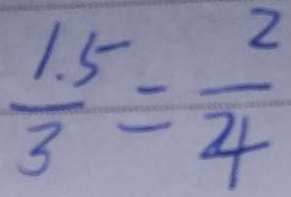
\frac { 1 . 5 } { 3 } = \frac { 2 } { 4 }